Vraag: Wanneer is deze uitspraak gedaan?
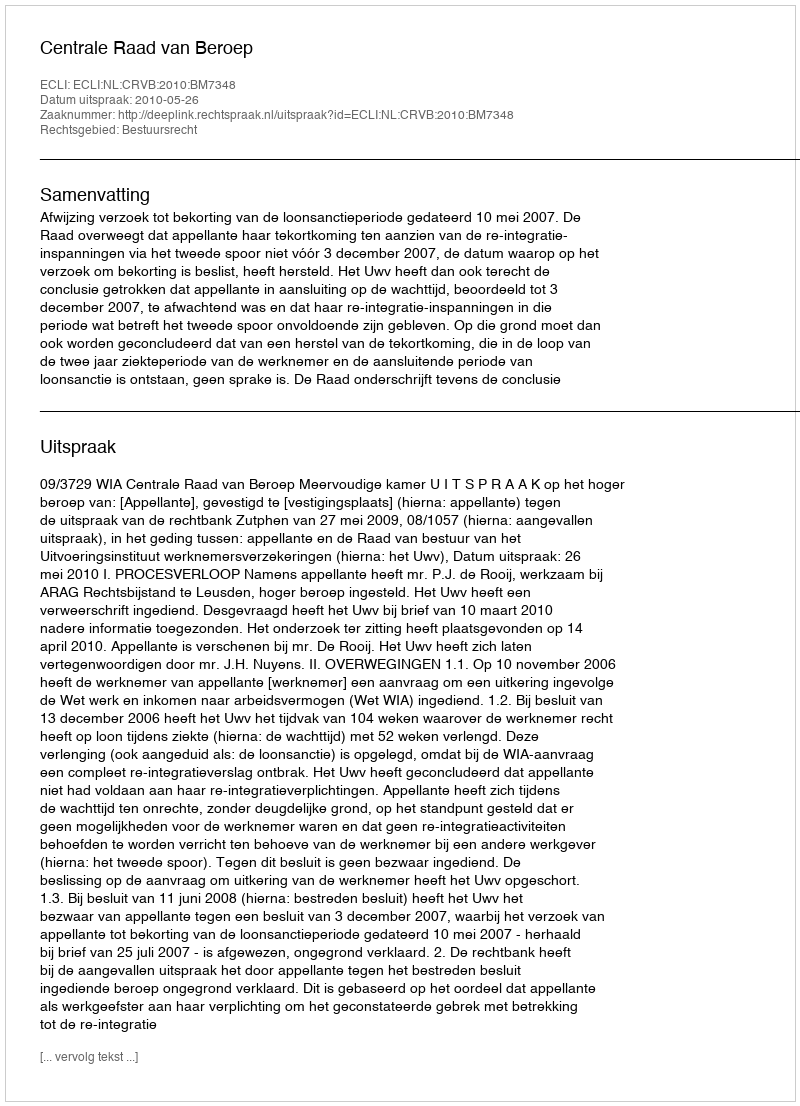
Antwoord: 2010-05-26